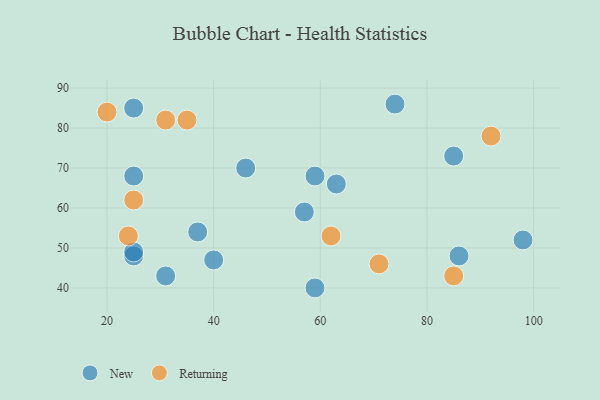
{"axis": {"x": "GDP", "y": "Life Expectancy"}, "legend": ["New", "Returning"], "data": [{"x": "25", "y": 68, "type": "New"}, {"x": "59", "y": 68, "type": "New"}, {"x": "63", "y": 66, "type": "New"}, {"x": "85", "y": 73, "type": "New"}, {"x": "25", "y": 48, "type": "New"}, {"x": "74", "y": 86, "type": "New"}, {"x": "59", "y": 40, "type": "New"}, {"x": "25", "y": 85, "type": "New"}, {"x": "86", "y": 48, "type": "New"}, {"x": "46", "y": 70, "type": "New"}, {"x": "37", "y": 54, "type": "New"}, {"x": "98", "y": 52, "type": "New"}, {"x": "40", "y": 47, "type": "New"}, {"x": "25", "y": 49, "type": "New"}, {"x": "57", "y": 59, "type": "New"}, {"x": "31", "y": 43, "type": "New"}, {"x": "20", "y": 84, "type": "Returning"}, {"x": "24", "y": 53, "type": "Returning"}, {"x": "62", "y": 53, "type": "Returning"}, {"x": "92", "y": 78, "type": "Returning"}, {"x": "31", "y": 82, "type": "Returning"}, {"x": "25", "y": 62, "type": "Returning"}, {"x": "71", "y": 46, "type": "Returning"}, {"x": "85", "y": 43, "type": "Returning"}, {"x": "35", "y": 82, "type": "Returning"}]}